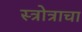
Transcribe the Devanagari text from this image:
स्त्रोत्राचा